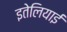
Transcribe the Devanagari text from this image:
इतेलियाई